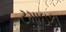
ટમાઇકા